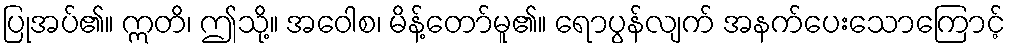
ပြုအပ်၏။ ဣတိ၊ ဤသို့။ အဝေါစ၊ မိန့်တော်မူ၏။ ရောပွန်လျက် အနက်ပေးသောကြောင့်